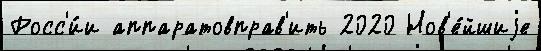
Росс'и́и аппаратовправ'ить 2020 Нов'е́йшиjе